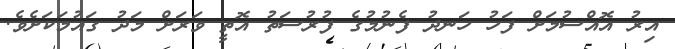
އިރު އޮއްސުމަށް ފަހު ހަނދު ފެނުމުގެ ފުރުސަތު އޮތީ ވަރަށް މަދު ގައުމަކަށެވެ.